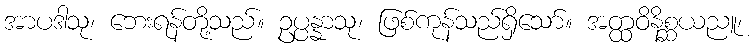
အာပဒါသု၊ ဘေးရန်တို့သည်။ ဥပ္ပန္နာသု၊ ဖြစ်ကုန်သည်ရှိသော်။ အတ္ထဝိနိစ္ဆယညူ၊